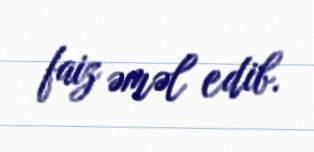
faiz əməl edib.